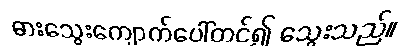
ဓားသွေးကျောက်ပေါ်တင်၍ သွေးသည်။